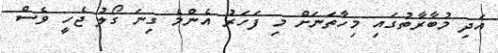
އަދި މުބާރާތުގައި މިހާތަނަށް މި ފަހަރު އެންމެ ގިނަ ގޯލު ޖެހީ ވެސް